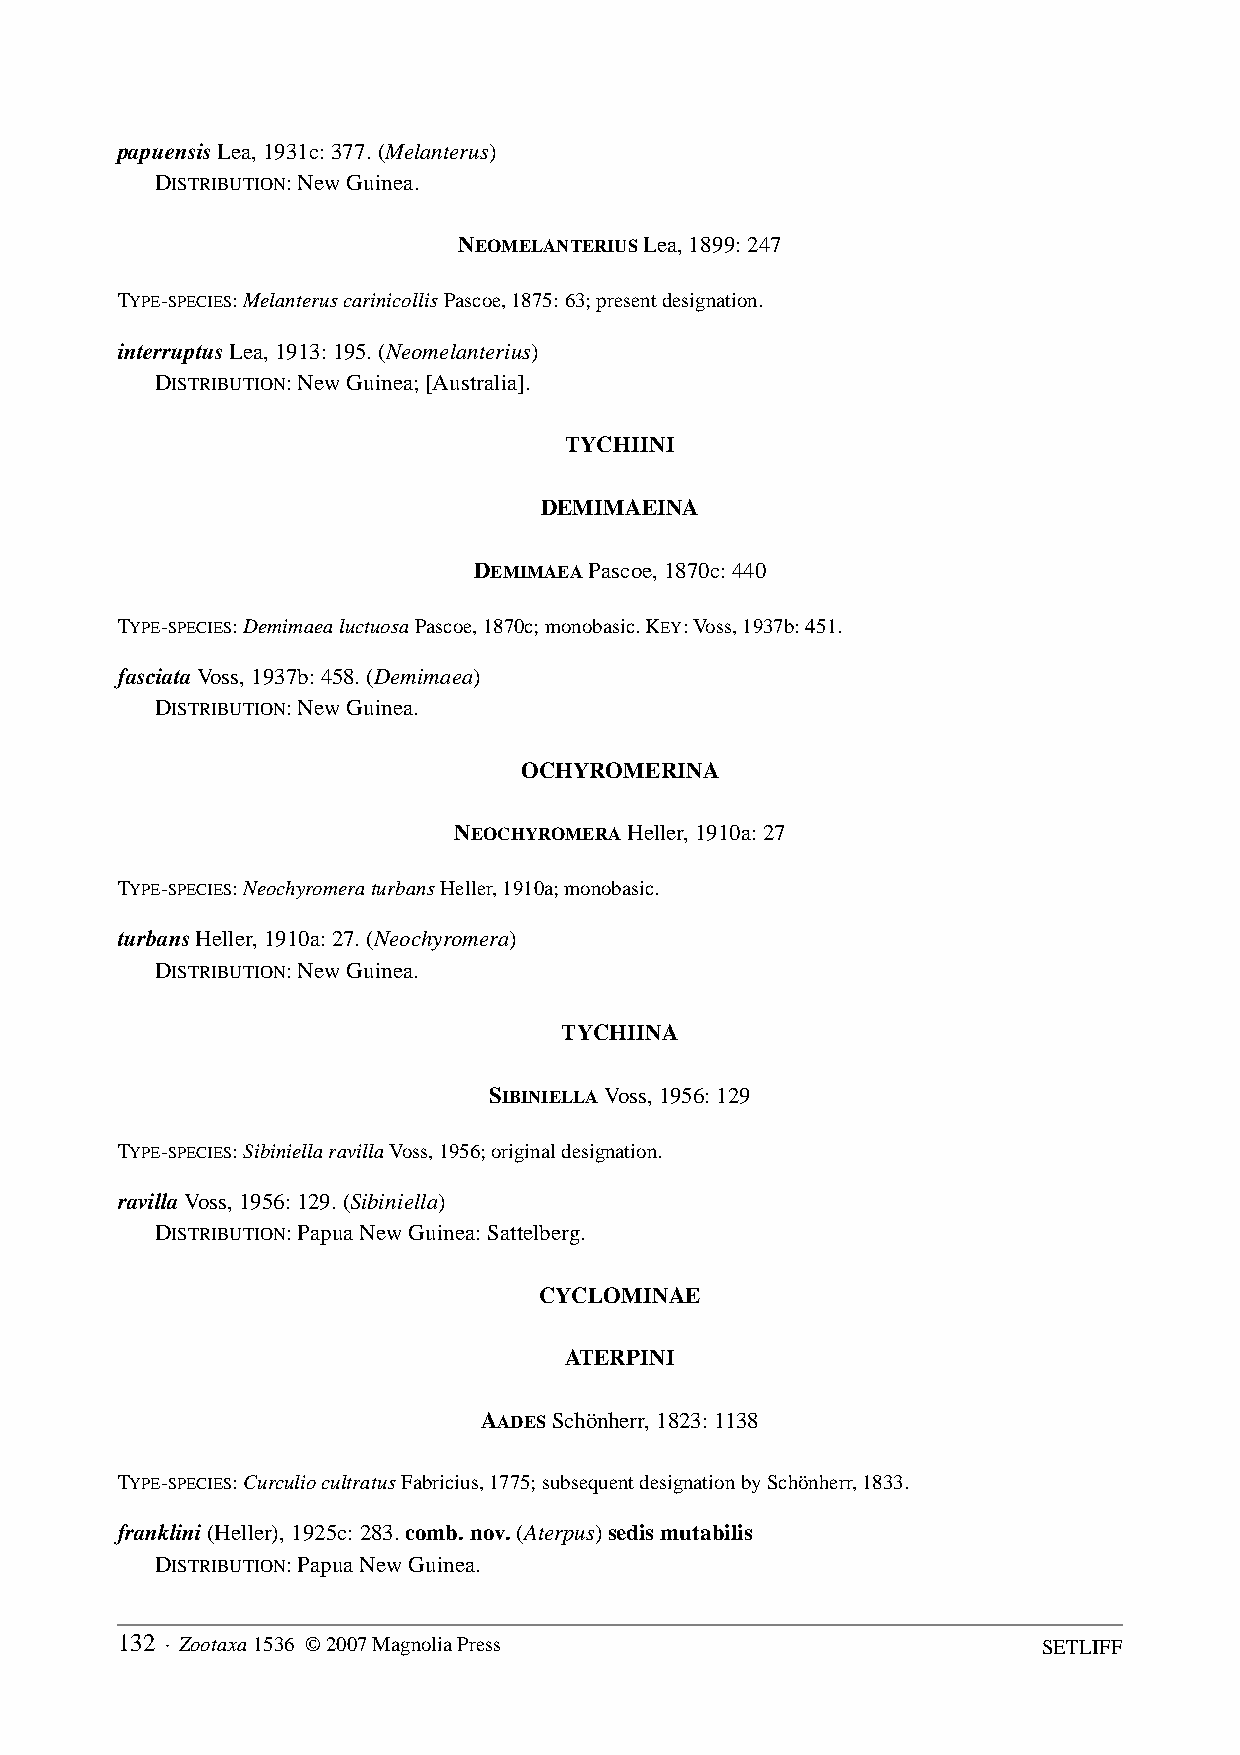
papuensis Lea, 1931c: 377. (Melanterus)
 DISTRIBUTION: New Guinea.
 NEOMELANTERIUS Lea, 1899: 247
 TYPE-SPECIES: Melanterus carinicollis Pascoe, 1875: 63; present designation.
 interruptus Lea, 1913: 195. (Neomelanterius)
 DISTRIBUTION: New Guinea; [Australia].
 TYCHIINI
 DEMIMAEINA
 DEMIMAEA Pascoe, 1870c: 440
 TYPE-SPECIES: Demimaea luctuosa Pascoe, 1870c; monobasic. KEY: Voss, 1937b: 451.
 fasciata Voss, 1937b: 458. (Demimaea)
 DISTRIBUTION: New Guinea.
 OCHYROMERINA
 NEOCHYROMERA Heller, 1910a: 27
 TYPE-SPECIES: Neochyromera turbans Heller, 1910a; monobasic.
 turbans Heller, 1910a: 27. (Neochyromera)
 DISTRIBUTION: New Guinea.
 TYCHIINA
 SIBINIELLA Voss, 1956: 129
 TYPE-SPECIES: Sibiniella ravilla Voss, 1956; original designation.
 ravilla Voss, 1956: 129. (Sibiniella)
 DISTRIBUTION: Papua New Guinea: Sattelberg.
 CYCLOMINAE
 ATERPINI
 AADES Schönherr, 1823: 1138
 TYPE-SPECIES: Curculio cultratus Fabricius, 1775; subsequent designation by Schönherr, 1833.
 franklini (Heller), 1925c: 283. comb. nov. (Aterpus) sedis mutabilis
 DISTRIBUTION: Papua New Guinea.
 132 · Zootaxa 1536 © 2007 Magnolia Press                     SETLIFF